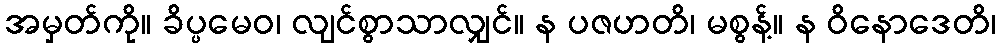
အမှတ်ကို။ ခိပ္ပမေဝ၊ လျင်စွာသာလျှင်။ န ပဇဟတိ၊ မစွန့်။ န ဝိနောဒေတိ၊